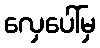
လှေပေါ်မှ